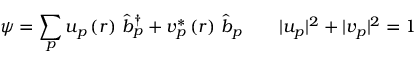
\psi = \sum _ { p } u _ { p } \left( r \right) \, \hat { b } _ { p } ^ { \dagger } + v _ { p } ^ { * } \left( r \right) \, \hat { b } _ { p } \qquad | u _ { p } | ^ { 2 } + | v _ { p } | ^ { 2 } = 1